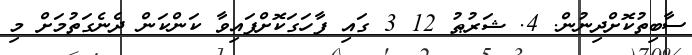
ސާބިތުކޮށްދިނުން. 4. ޝަރުޠު 12 3 ގައި ފާހަގަކޮށްފައިވާ ކަންކަން ދެނެގަތުމަށް މި